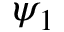
\psi _ { 1 }